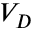
V _ { D }